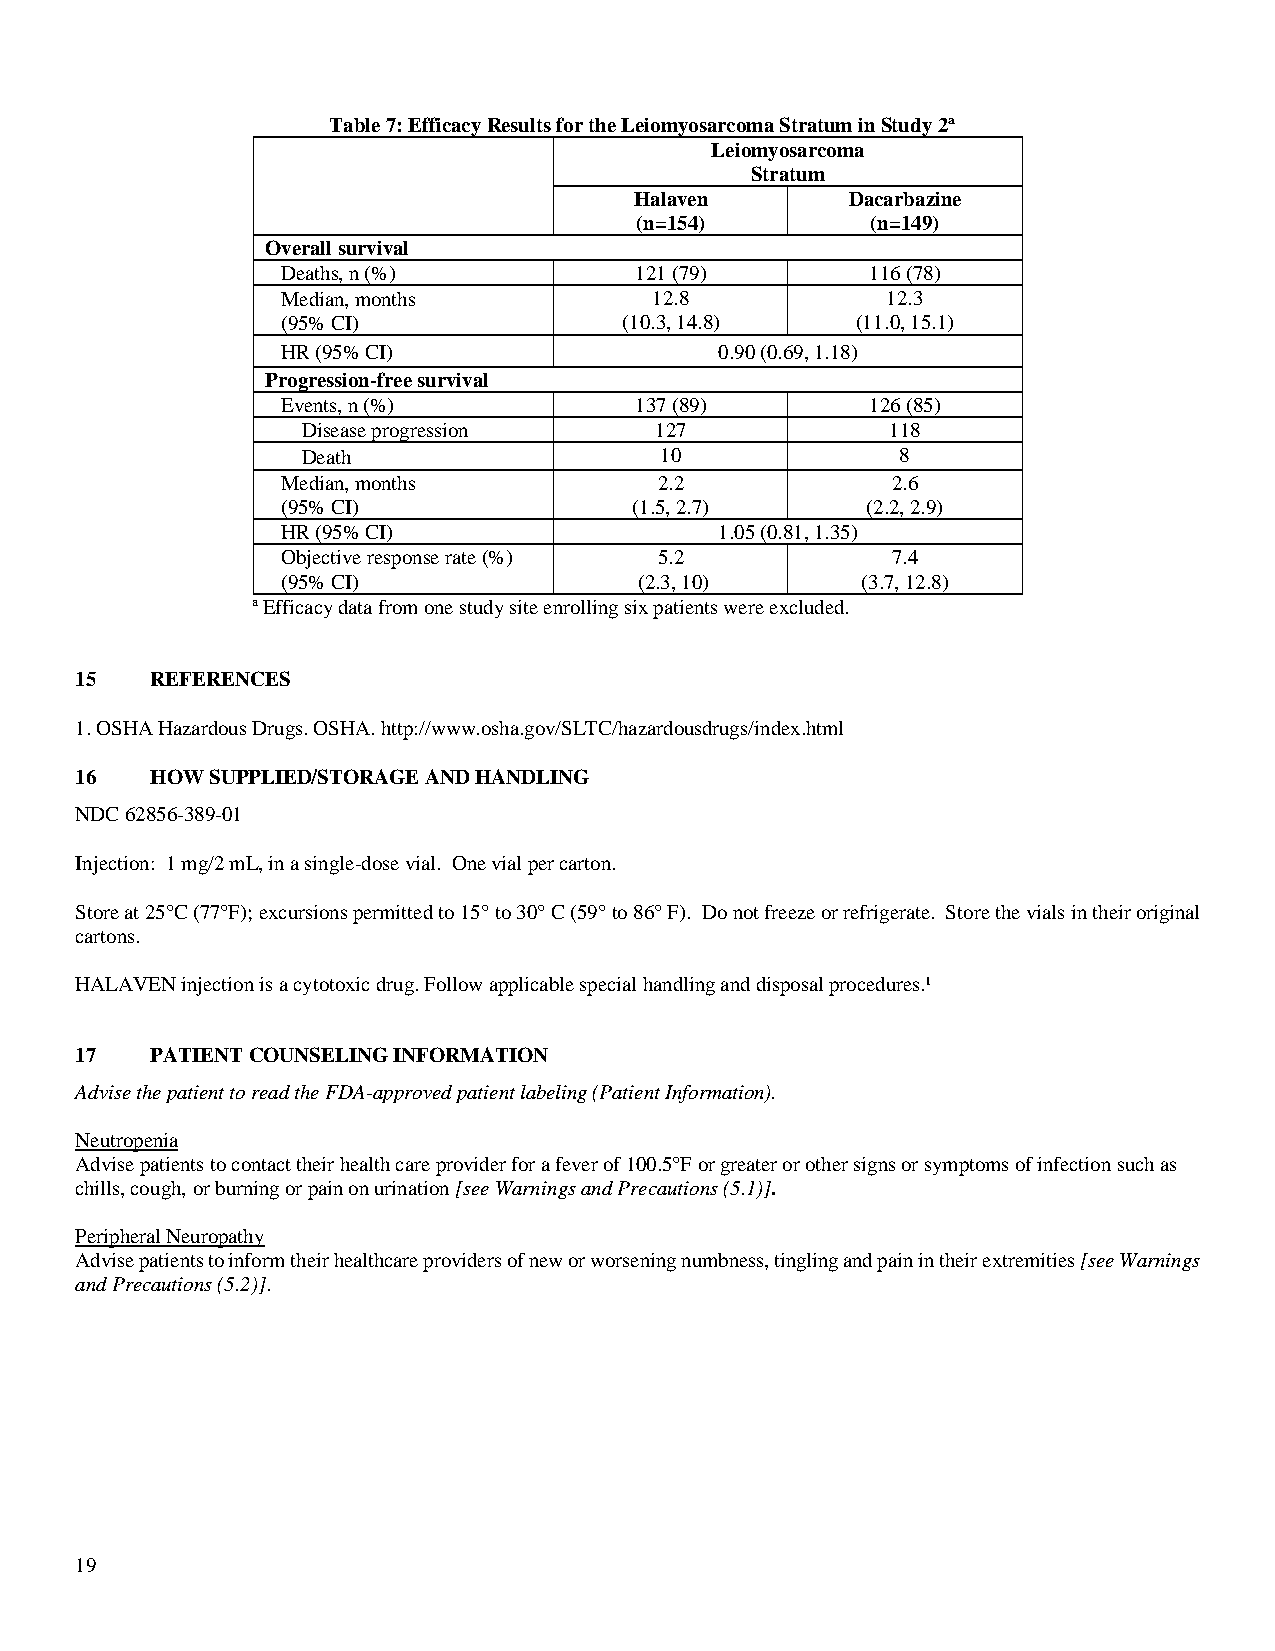
Table 7: Efficacy Results for the Leiomyosarcoma Stratum in Study 2a
 Leiomyosarcoma
 Stratum
 Halaven       Dacarbazine
 (n=154)         (n=149)
 Overall survival
 Deaths, n (%)          121 (79)        116 (78)
 Median, months          12.8            12.3
 (95% CI)              (10.3, 14.8)    (11.0, 15.1)
 HR (95% CI)                  0.90 (0.69, 1.18)
 Progression-free survival
 Events, n (%)          137 (89)        126 (85)
 Disease progression    127             118
 Death                   10              8
 Median, months           2.2            2.6
 (95% CI)               (1.5, 2.7)     (2.2, 2.9)
 HR (95% CI)                  1.05 (0.81, 1.35)
 Objective response rate (%) 5.2         7.4
 (95% CI)               (2.3, 10)      (3.7, 12.8)
 a Efficacy data from one study site enrolling six patients were excluded.
 15   REFERENCES
 1. OSHA Hazardous Drugs. OSHA. http://www.osha.gov/SLTC/hazardousdrugs/index.html
 16   HOW SUPPLIED/STORAGE AND HANDLING
 NDC 62856-389-01
 Injection: 1 mg/2 mL, in a single-dose vial. One vial per carton.
 Store at 25°C (77°F); excursions permitted to 15° to 30° C (59° to 86° F). Do not freeze or refrigerate. Store the vials in their original
 cartons.
 HALAVEN injection is a cytotoxic drug. Follow applicable special handling and disposal procedures.¹
 17   PATIENT COUNSELING INFORMATION
 Advise the patient to read the FDA-approved patient labeling (Patient Information).
 Neutropenia
 Advise patients to contact their health care provider for a fever of 100.5°F or greater or other signs or symptoms of infection such as
 chills, cough, or burning or pain on urination [see Warnings and Precautions (5.1)].
 Peripheral Neuropathy
 Advise patients to inform their healthcare providers of new or worsening numbness, tingling and pain in their extremities [see Warnings
 and Precautions (5.2)].
 19